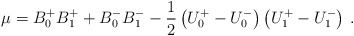
\begin{align*}\mu=B^+_0B^+_1+B^-_0B^-_1 - \frac12\left( U^+_0-U^-_0 \right)\left( U^+_1-U^-_1 \right)\,.\end{align*}